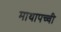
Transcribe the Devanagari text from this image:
माथापच्‍ची